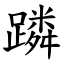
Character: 蹸